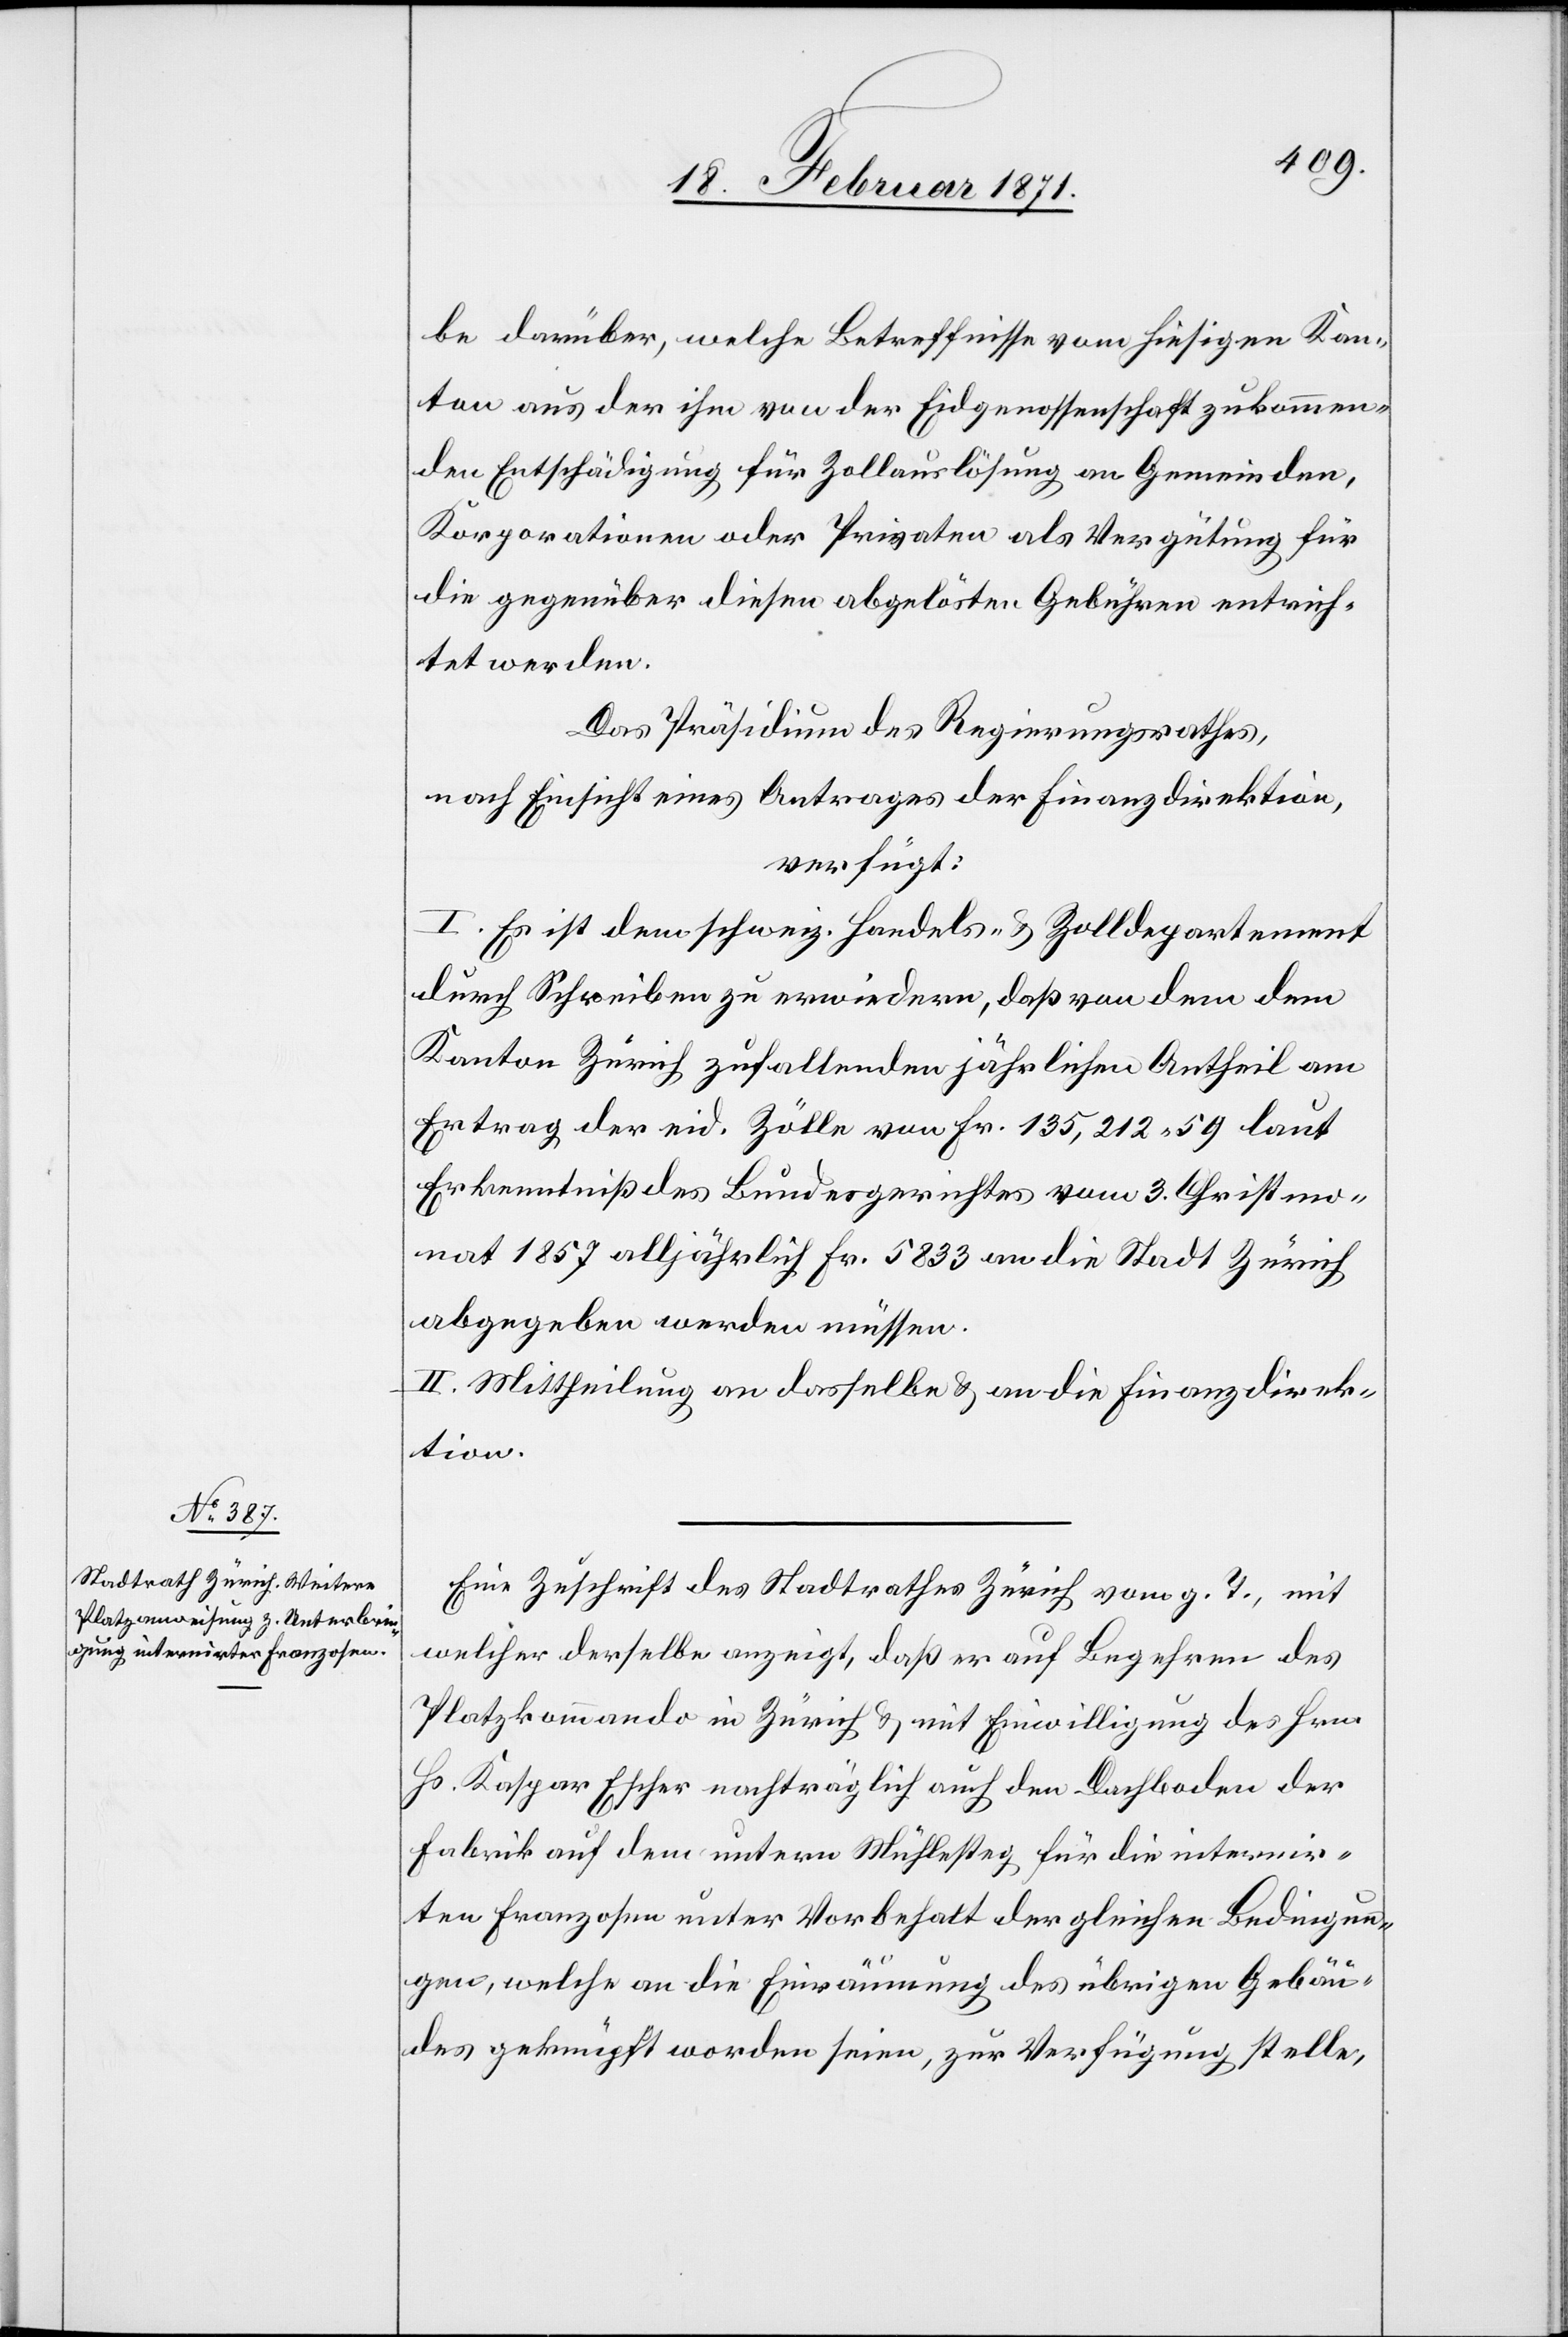
22. Februar 1871.]
be darüber, welche Betreffnisse vom hiesigen Kan¬
ton aus der ihm von der Eidgenossenschaft zukommen¬
den Entschädigung für Zollauslösung an Gemeinden,
Korporationen oder Privaten als Vergütung für
die gegenüber diesen abgelösten Gebühren entrich¬
tet werden.
Das Präsidium des Regierungsrathes,
nach Einsicht eines Antrages der Finanzdirektion,
verfügt:
I. Es ist dem schweiz. Handels- u. Zolldepartement
durch Schreiben zu erwiedern, daß von dem dem
Kanton Zürich zufallenden jährlichen Antheil am
Ertrag der eid. Zölle von Fr. 135,212.59 laut
Erkenntniß des Bundesgerichtes vom 3. Christmo¬
nat 1857 alljährlich Fr. 5833 an die Stadt Zürich
abgegeben werden müssen.
II. Mittheilung an dasselbe u. an die Finanzdirek¬
tion.
Eine Zuschrift des Stadtrathes Zürich vom g. T., mit
welcher derselbe anzeigt, daß er auf Begehren des
Platzkommando in Zürich u. mit Einwilligung des Hrn.
Hs. Kaspar Escher nachträglich auch den Dachboden der
Fabrik auf dem untern Mühlesteg für die internir¬
ten Franzosen unter Vorbehalt dergleichen Bedingun¬
gen, welche an die Einräumung des übrigen Gebäu¬
des geknüpft worden seien, zur Verfügung stelle,